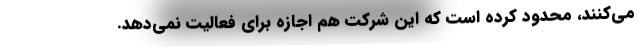
می‌کنند، محدود کرده است که این شرکت هم اجازه برای فعالیت نمی‌دهد.